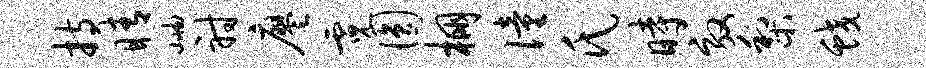
持睛岫射廖霓圆棚僮氏时效梨蛟